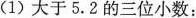
(1)大于5.2的三位小数: